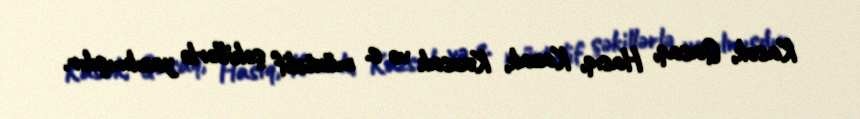
Kasok, Qasaq, Hasıq, Kazak, Kazsak və s. müxtəlif şəkillərlə yazılmışdır.